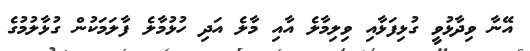
އޭނާ ވިދާޅުވީ ގުޅިފަޅާއި ވިލިމާލެ އާއި މާލެ އަދި ހުޅުމާލެ ފާލަމަކުން ގުޅާލުމުގެ